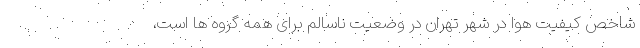
شاخص کیفیت هوا در شهر تهران در وضعیت ناسالم برای همه گروه ها است،